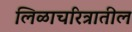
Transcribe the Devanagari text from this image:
लिळाचरित्रातील